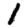
Digit: 1